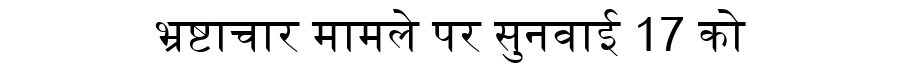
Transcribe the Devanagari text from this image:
भ्रष्टाचार मामले पर सुनवाई 17 को